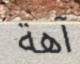
آھة